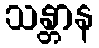
သန္တာန